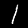
Label: 1